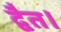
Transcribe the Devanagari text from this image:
द्वैत।